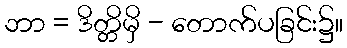
ဘာ = ဒိတ္တိမှိ - တောက်ပခြင်း၌။